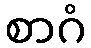
စာဂံ